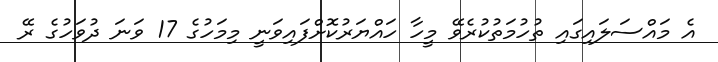
އެ މައްސަލައިގައި ތުހުމަތުކުރެވޭ މީހާ ހައްޔަރުކޮށްފައިވަނީ މިމަހުގެ 17 ވަނަ ދުވަހުގެ ރޭ